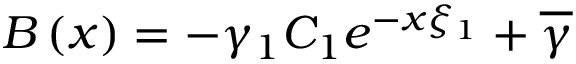
B \left( x \right) = - \gamma _ { 1 } C _ { 1 } e ^ { - x \xi _ { 1 } } + \overline { { { \gamma } } }